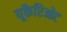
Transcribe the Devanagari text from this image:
यूकैरिओट